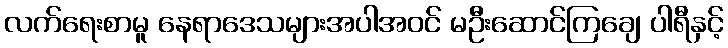
လက်ရေးစာမူ နေရာဒေသများအပါအဝင် မဦးဆောင်ကြချေ ပါရီနှင့်